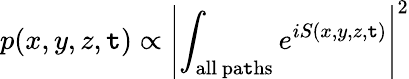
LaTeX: p(x,y,z,\mathtt{t})\propto\left\vert\int_{\mathrm{{all~pa\mathtt{t}hs}}}e^{iS(x,y,z,\mathtt{t})}\right\vert^{2}